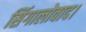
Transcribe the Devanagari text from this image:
सिंगालोवाद।